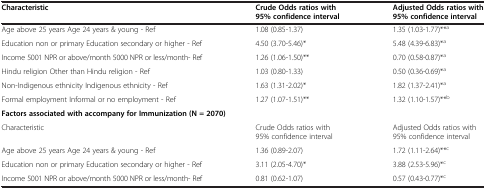
| Characteristic | Crude Odds ratios with 95% confidence interval | Adjusted Odds ratios with 95% confidence interval |
 | --- | --- | --- |
 | Age above 25 years Age 24 years & young - Ref | 1.08 (0.85-1.37) | 1.35 (1.03-1.77)**a |
 | Education non or primary Education secondary or higher - Ref | 4.50 (3.70-5.46)* | 5.48 (4.39-6.83)*a |
 | Income 5001 NPR or above/month 5000 NPR or less/month- Ref | 1.26 (1.06-1.50)** | 0.70 (0.58-0.87)*a |
 | Hindu religion Other than Hindu religion - Ref | 1.03 (0.80-1.33) | 0.50 (0.36-0.69)*a |
 | Non-Indigenous ethnicity Indigenous ethnicity - Ref | 1.63 (1.31-2.02)* | 1.82 (1.37-2.41)*a |
 | Formal employment Informal or no employment - Ref | 1.27 (1.07-1.51)** | 1.32 (1.10-1.57)**b |
 | <COLSPAN=3> Factors associated with accompany for Immunization (N = 2070) |
 | Characteristic | Crude Odds ratios with 95% confidence interval | Adjusted Odds ratios with 95% confidence interval |
 | Age above 25 years Age 24 years & young - Ref | 1.36 (0.89-2.07) | 1.72 (1.11-2.64)**c |
 | Education non or primary Education secondary or higher - Ref | 3.11 (2.05-4.70)* | 3.88 (2.53-5.96)*c |
 | Income 5001 NPR or above/month 5000 NPR or less/month- Ref | 0.81 (0.62-1.07) | 0.57 (0.43-0.77)*c |